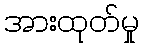
အားထုတ်မှု